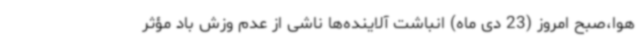
هوا،صبح امروز (23 دی ماه) انباشت آلاینده‌ها ناشی از عدم وزش باد مؤثر